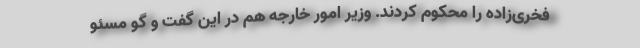
فخری‌زاده را محکوم کردند. وزیر امور خارجه هم در این گفت و گو مسئو